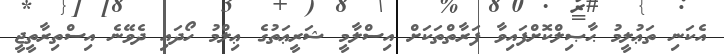
އެކަނި ތަޢުލީމު ޙާޞިލްކޮށްފައިވާ ފަރާތްތަކަށް އިސްލާމީ ޝަރީޢަތުގެ ޢިލްމު ހޯދައި ދެވޭނެ އިސްތިރާތީޖީ